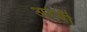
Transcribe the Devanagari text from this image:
अरेबी